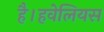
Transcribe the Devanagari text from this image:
है।हवेलियस